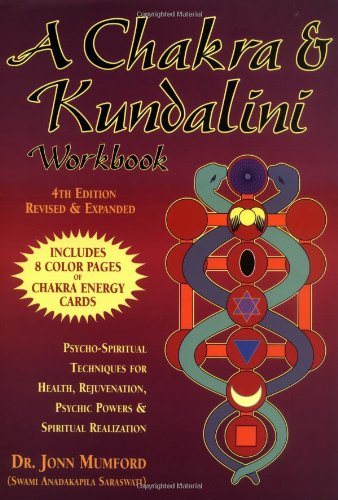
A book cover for A Chakra & Kundalini Workbook: Psycho-Spiritual Techniques for Health, Rejuvenation, Psychic Powers & Spiritual Realization; Jonn Mumford; Religion & Spirituality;